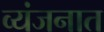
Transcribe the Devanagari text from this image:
व्यंजनात